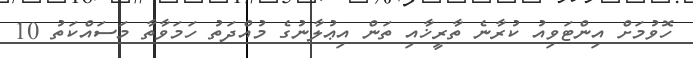
ހޮވުމަށް އިންޓަވިއު ކުރާނެ ތާރީޚާއި ތަން އިޢުލާނުގެ މުއްދަތު ހަމަވާތާ މަސައްކަތު 10